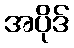
အပိုဒ်